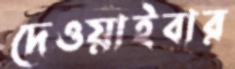
দেওয়াইবার